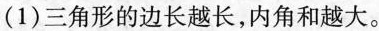
( 1 )三角形的边长越长，内角和越大。